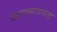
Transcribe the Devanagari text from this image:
खंडाळ्याजवळ